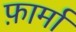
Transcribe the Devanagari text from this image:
फ़ार्मा